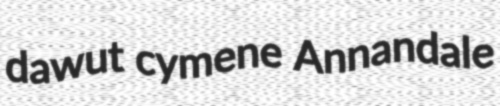
dawut cymene Annandale